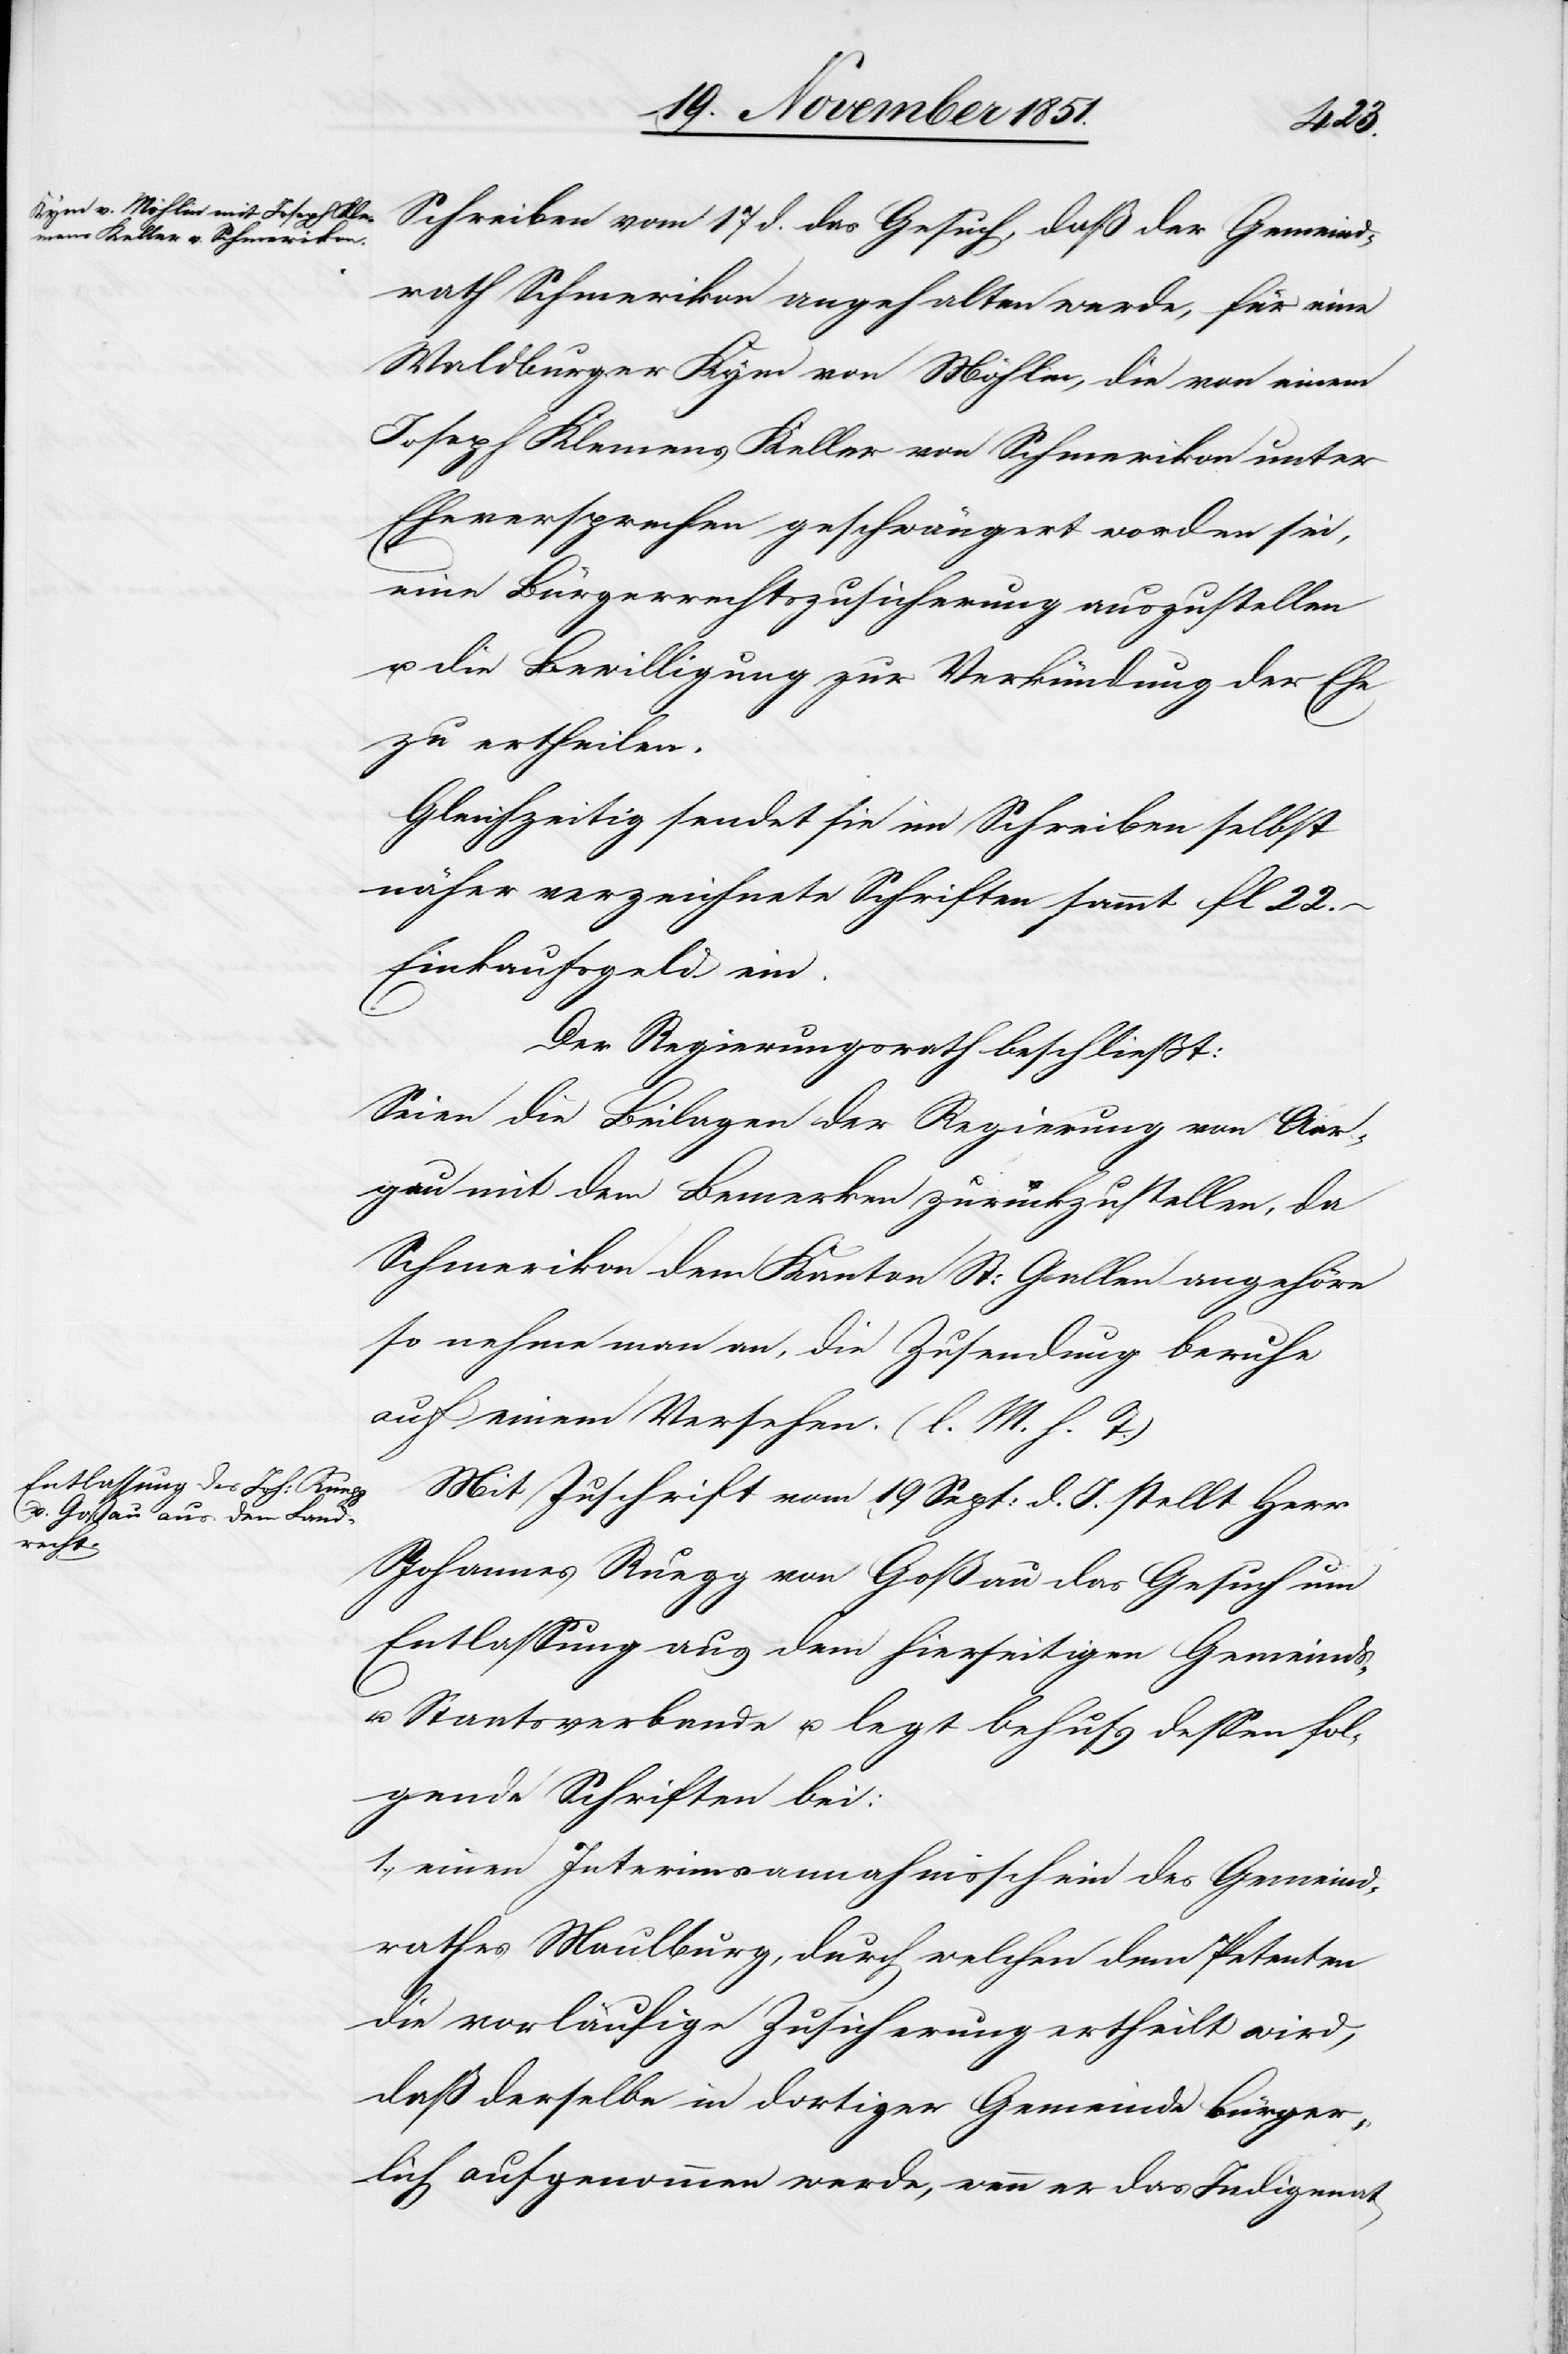
Schreiben vom 17 d. das Gesuch, daß der Gemeind¬
rath Schmerikon angehalten werde, für eine
Waldburger Kym von Möhlin, die von einem
Joseph Klemens Keller von Schmerikon unter
Eheversprechen geschwängert worden sei,
eine Bürgerrechtszusicherung auszustellen
u. die Bewilligung zur Verkündung der Ehe
zu ertheilen.
Gleichzeitig sendet sie im Schreiben selbst
näher verzeichnete Schriften sammt fl 22.–
Einkaufsgeld ein.
Der Regierungsrath beschließt:
Seien die Beilagen der Regierung von Aar¬
gau mit dem Bemerken zurückzustellen, da
Schmerikon dem Kanton St: Gallen angehöre
so nehme man an, die Zusendung beruhe
auf einem Versehen. (l. M. h. T.)
Mit Zuschrift vom 19 Sept: d. J. stellt Herr
Johannes Ruegg von Goßau das Gesuch um
Entlassung aus dem hierseitigen Gemeinds-
u. Staatsverbande u. legt behufs dessen fol¬
gende Schriften bei:
1., einen Interimsannahmsschein des Gemeind¬
rathes Maulburg, durch welchen dem Petenten
die vorläufige Zusicherung ertheilt wird,
daß derselbe in dortiger Gemeinde bürger¬
lich aufgenommen werde, wenn er das Indigenat